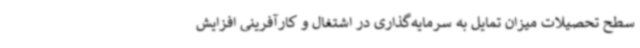
سطح تحصیلات میزان تمایل به سرمایه‌گذاری در اشتغال و کارآفرینی افزایش